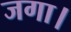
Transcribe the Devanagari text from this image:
जगा।